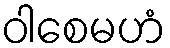
ဝါစေမဟံ